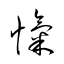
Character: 愾